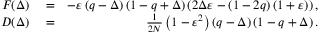
\begin{array} { r l r } { F ( \Delta ) } & { { } = } & { - \varepsilon \left( q - \Delta \right) \left( 1 - q + \Delta \right) \left( 2 \Delta \varepsilon - \left( 1 - 2 q \right) ( 1 + \varepsilon ) \right) , } \\ { D ( \Delta ) } & { { } = } & { \frac { 1 } { 2 N } \left( 1 - \varepsilon ^ { 2 } \right) \left( q - \Delta \right) \left( 1 - q + \Delta \right) . } \end{array}